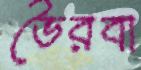
ভৈরবা